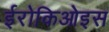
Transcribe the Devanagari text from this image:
ईरोकिओइस